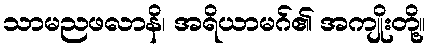
သာမညဖလာနိ၊ အရိယာမဂ်၏ အကျိုးတို့။